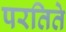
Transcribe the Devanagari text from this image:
परतिते